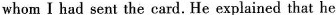
whom I had sent the card. He explained that he